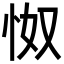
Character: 怓